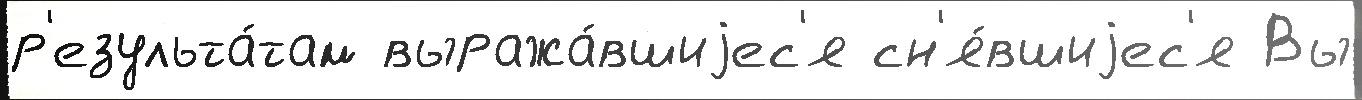
р'езульта́там выража́вшиjес'я сн'я́вшиjес'я Вы